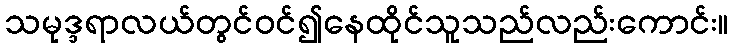
သမုဒ္ဒရာလယ်တွင်ဝင်၍နေထိုင်သူသည်လည်းကောင်း။